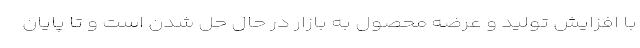
با افزایش تولید و عرضه محصول به بازار در حال حل شدن است و تا پایان